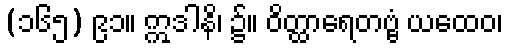
(၁၆၅) ၉၁။ ဣဒါနိ၊ ၌။ ဝိတ္ထာရေတဗ္ဗံ ယထေဝ၊